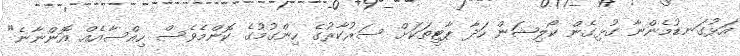
އަޅުގަނޑުމެންނާ ގުޅިގެން ކޯލިޝަން ހަދާ ޕާޓީތަކަށް ސަރުކާރުގެ ހިންގުމުގެ ކޮންމެވެސް ހިއްސާއެއް އޮންނާނެ"